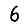
Digit: 6